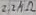
Text: 2.2MΩ